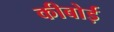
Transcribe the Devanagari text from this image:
कीबोर्ड़